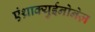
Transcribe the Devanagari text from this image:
एंथ्राक्युईनोनेज़